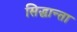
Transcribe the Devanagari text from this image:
सिद्धान्ता